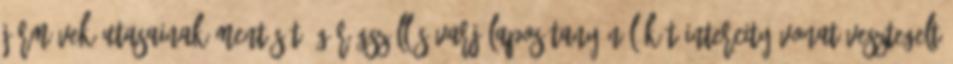
járművek utasainak mentését: Görögszállás-Varjúlapos tanyánál két InterCity vonat vesztegelt